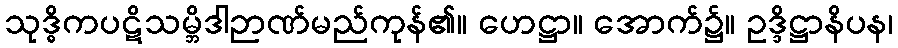
သုဒ္ဓိကပဋိသမ္ဘိဒါဉာဏ်မည်ကုန်၏။ ဟေဋ္ဌာ။ အောက်၌။ ဥဒ္ဒိဋ္ဌာနိပန၊